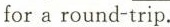
for a round-trip.